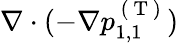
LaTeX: \nabla\cdot(-\nabla p_{1,1}^{\mathrm{~(~T~)~}})